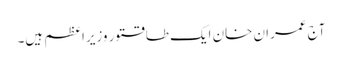
آج عمران خان ایک طاقتور وزیراعظم ہیں۔